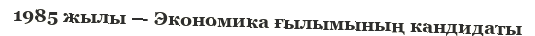
1985 жылы — Экономика ғылымының кандидаты